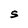
Character: S